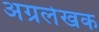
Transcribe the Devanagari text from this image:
अग्रलेखक